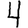
Digit: 4